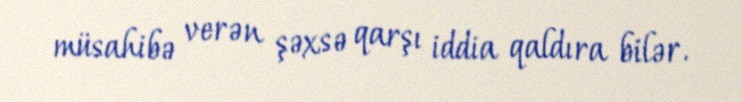
müsahibə verən şəxsə qarşı iddia qaldıra bilər.